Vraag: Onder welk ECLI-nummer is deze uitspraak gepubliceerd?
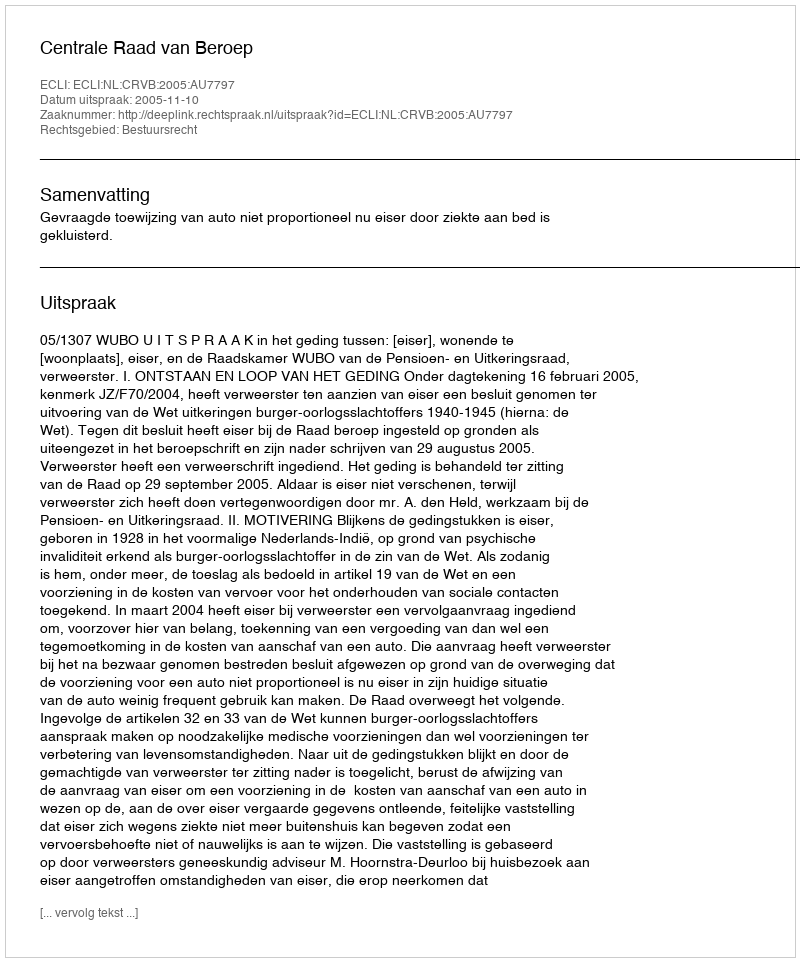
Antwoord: ECLI:NL:CRVB:2005:AU7797